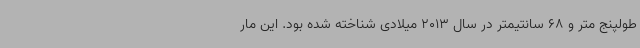
طولپنج متر و 68 سانتیمتر در سال 2013 میلادی شناخته شده بود. این مار